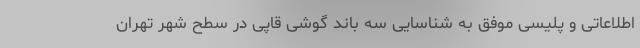
اطلاعاتی و پلیسی موفق به شناسایی سه باند گوشی قاپی در سطح شهر تهران